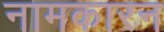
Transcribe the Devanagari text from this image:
नामकारन